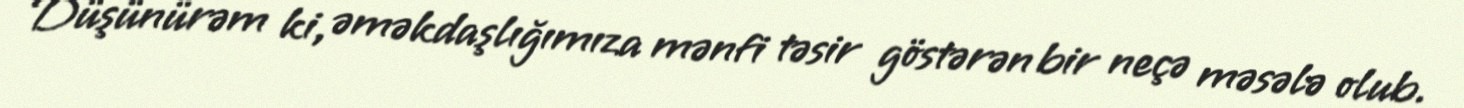
Düşünürəm ki, əməkdaşlığımıza mənfi təsir göstərən bir neçə məsələ olub.